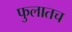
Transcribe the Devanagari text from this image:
फुलातच